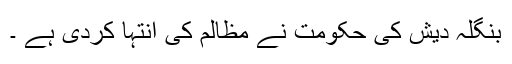
بنگلہ دیش کی حکومت نے مظالم کی انتہا کردی ہے ۔